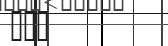
١١٣